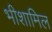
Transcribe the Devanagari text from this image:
भीशामिल